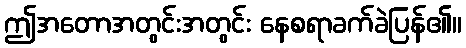
ဤအတောအတွင်းအတွင်း နေစရာခက်ခဲပြန်၏။